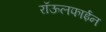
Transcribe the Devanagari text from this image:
रॉऊलफाईन